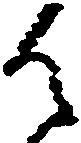
候